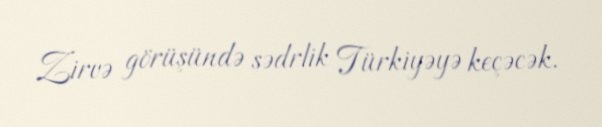
Zirvə görüşündə sədrlik Türkiyəyə keçəcək.